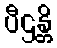
ပီဌန္တိ